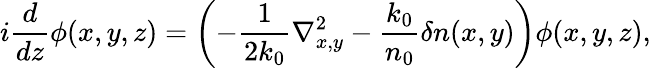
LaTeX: i\frac{d}{dz}\phi(x,y,z)=\left(-\frac{1}{2k_{0}}\nabla_{x,y}^{2}-\frac{k_{0}}{n_{0}}\delta n(x,y)\right)\phi(x,y,z),